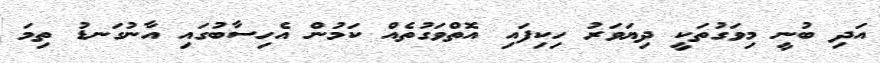
އަދި ބުނީ މިވަގުތަކީ ދިޔަވަރު ހިކިފައި އޮތްވަގުތެއް ކަމުން އެހިސާބުގައި އާނުގަނޑު ތިމަ